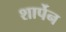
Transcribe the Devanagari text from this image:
शार्पेन